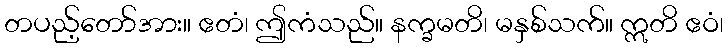
တပည့်တော်အား။ ဧတံ၊ ဤကံသည်။ နက္ခမတိ၊ မနှစ်သက်။ ဣတိ ဧဝံ၊